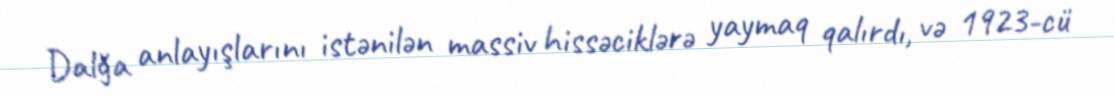
Dalğa anlayışlarını istənilən massiv hissəciklərə yaymaq qalırdı, və 1923-cü